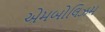
એમબોલિઝમ